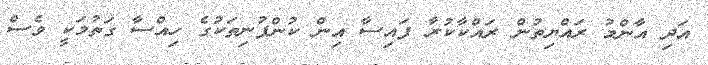
އަދި އާންމު ރައްޔިތުން ރައްކާކުރާ ފައިސާ އިން ކުންފުނިތަކުގެ ހިއްސާ ގަތުމަކީ ވެސް